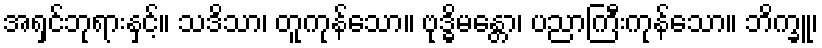
အရှင်ဘုရားနှင့်။ သဒိသာ၊ တူကုန်သော။ ဗုဒ္ဓိမန္တော၊ ပညာကြီးကုန်သော။ ဘိက္ခူ၊